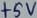
Text: +5V